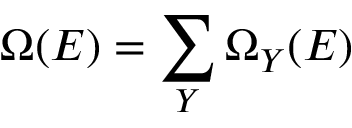
\Omega ( E ) = \sum _ { Y } \Omega _ { Y } ( E )